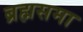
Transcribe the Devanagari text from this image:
ब्रह्मसमा